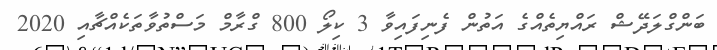
ބަންގްލަދޭޝް ރައްޔިތެއްގެ އަތުން ފެނިފައިވާ 3 ކިލޯ 800 ގްރާމް މަސްތުވާތަކެއްޗާއި 2020